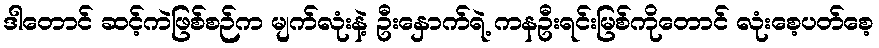
ဒါတောင် ဆင့်ကဲဖြစ်စဉ်က မျက်လုံးနဲ့ ဦးနှောက်ရဲ့ ကနဦးရင်းမြစ်ကိုတောင် လုံးစေ့ပတ်စေ့